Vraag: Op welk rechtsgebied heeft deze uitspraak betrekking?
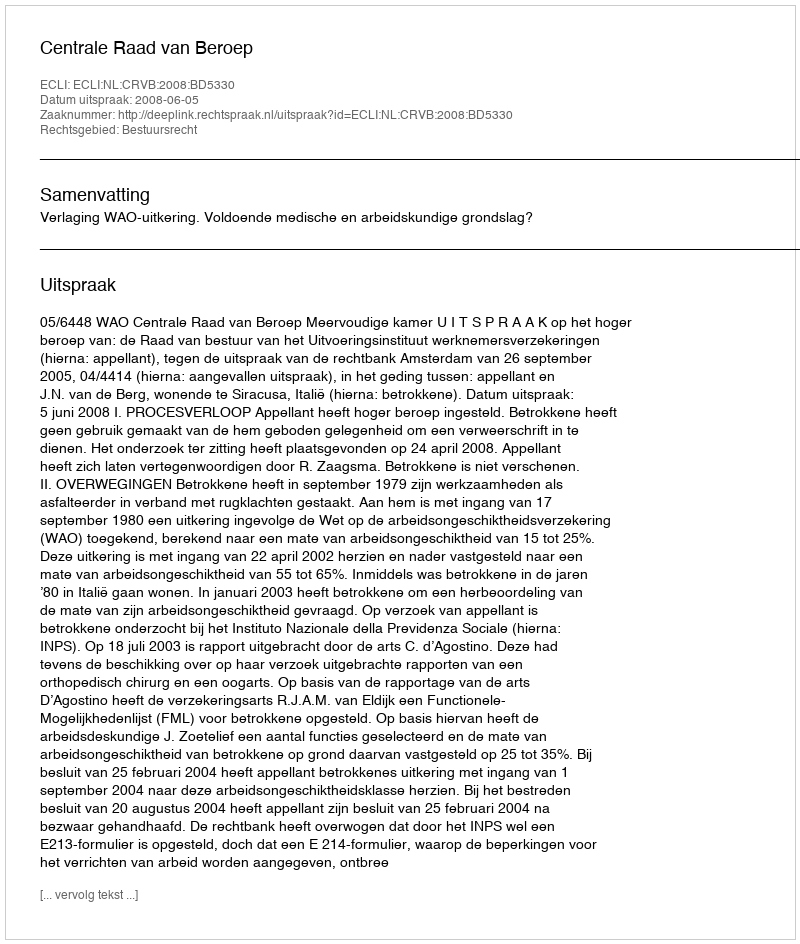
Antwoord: Bestuursrecht